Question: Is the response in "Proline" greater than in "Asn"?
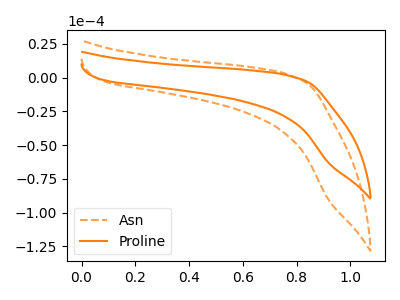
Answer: <think>The orange dashed curve "Asn" has no peaks. The orange curve "Proline" has no peaks.
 Neither "Proline" or "Asn" have any peaks.</think>
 <answer>I cant tell if "Proline" or "Asn" has more signal.</answer>
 <eval>mixed_signal</eval>